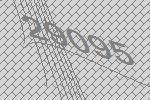
29095